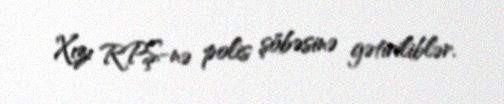
Xızı RPŞ-nə polis şöbəsinə gətiriliblər.